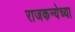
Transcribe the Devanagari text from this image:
राजकन्येच्या